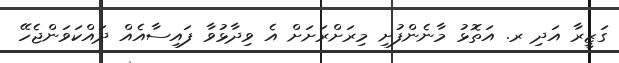
ގަޒީރާ އަދި ރ. އަތޮޅު މާނެންފުށި މިރަށްރަށަށް އެ ވިދާޅުވާ ފައިސާއެއް ދައްކަވަންޖެހޭ